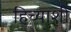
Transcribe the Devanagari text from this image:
हिच्‍याशी